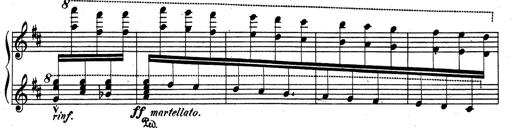
Title: Rhapsodie espagnole
Composer: Franz Liszt